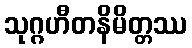
သုဂ္ဂဟီတနိမိတ္တဿ